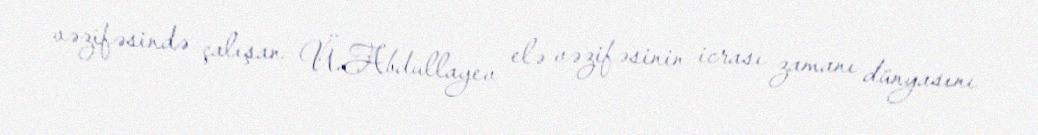
vəzifəsində çalışan Ü.Abdullayev elə vəzifəsinin icrası zamanı dünyasını